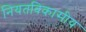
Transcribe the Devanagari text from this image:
नियतविकासीय